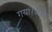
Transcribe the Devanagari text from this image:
गया।जैसे